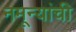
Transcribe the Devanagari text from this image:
नमून्यांची